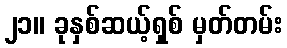
၂၁။ ခုနှစ်ဆယ့်ရှစ် မှတ်တမ်း